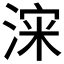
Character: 𱧡